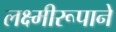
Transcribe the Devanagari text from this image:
लक्ष्मीरूपाने